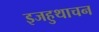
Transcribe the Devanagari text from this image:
इजहुथाचन